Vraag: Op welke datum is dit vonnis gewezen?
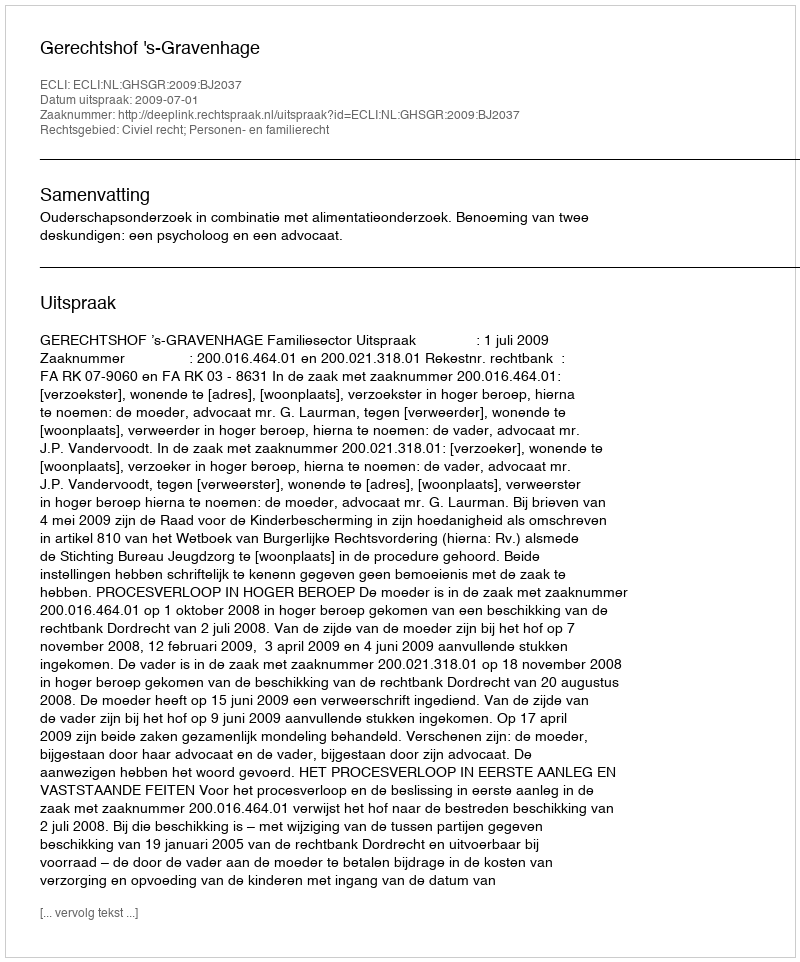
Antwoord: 2009-07-01